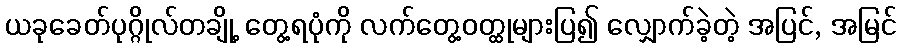
ယခုခေတ်ပုဂ္ဂိုလ်တချို့ တွေ့ရပုံကို လက်တွေ့ဝတ္ထုများပြ၍ လျှောက်ခဲ့တဲ့ အပြင်, အမြင်